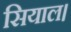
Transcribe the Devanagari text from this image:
सियाल।